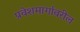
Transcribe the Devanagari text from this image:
प्रवेशमार्गावरील